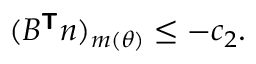
\begin{array} { r } { ( B ^ { \boldsymbol { \mathsf { T } } } \boldsymbol { n } ) _ { m ( \theta ) } \le - c _ { 2 } . } \end{array}